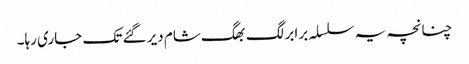
چنانچہ یہ سلسلہ برابر لگ بھگ شام دیر گئے تک جاری رہا۔